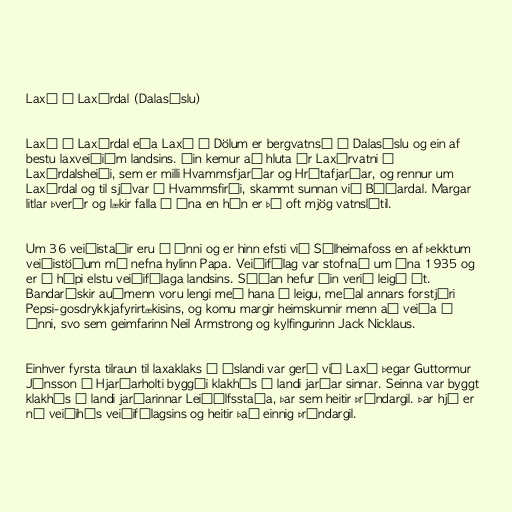
Laxá í Laxárdal (Dalasýslu)

Laxá í Laxárdal eða Laxá í Dölum er bergvatnsá í Dalasýslu og ein af
bestu laxveiðiám landsins. Áin kemur að hluta úr Laxárvatni á
Laxárdalsheiði, sem er milli Hvammsfjarðar og Hrútafjarðar, og rennur um
Laxárdal og til sjávar í Hvammsfirði, skammt sunnan við Búðardal. Margar
litlar þverár og lækir falla í ána en hún er þó oft mjög vatnslítil.

Um 36 veiðistaðir eru í ánni og er hinn efsti við Sólheimafoss en af þekktum
veiðistöðum má nefna hylinn Papa. Veiðifélag var stofnað um ána 1935 og
er í hópi elstu veiðifélaga landsins. Síðan hefur áin verið leigð út.
Bandarískir auðmenn voru lengi með hana á leigu, meðal annars forstjóri
Pepsi-gosdrykkjafyrirtækisins, og komu margir heimskunnir menn að veiða í
ánni, svo sem geimfarinn Neil Armstrong og kylfingurinn Jack Nicklaus.

Einhver fyrsta tilraun til laxaklaks á Íslandi var gerð við Laxá þegar Guttormur
Jónsson í Hjarðarholti byggði klakhús í landi jarðar sinnar. Seinna var byggt
klakhús í landi jarðarinnar Leiðólfsstaða, þar sem heitir Þrándargil. Þar hjá er
nú veiðihús veiðifélagsins og heitir það einnig Þrándargil.